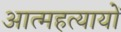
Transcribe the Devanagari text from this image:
आत्महत्यायों